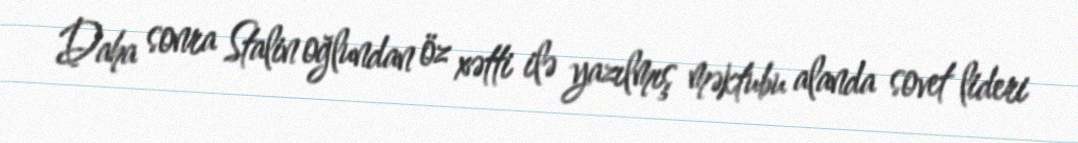
Daha sonra Stalin oğlundan öz xətti ilə yazılmış məktubu alanda sovet lideri